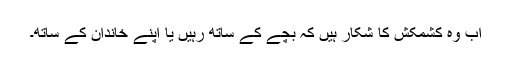
اب وہ کشمکش کا شکار ہیں کہ بچے کے ساتھ رہیں یا اپنے خاندان کے ساتھ۔